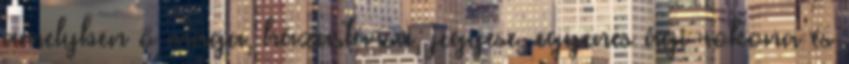
amelyben ő maga, házastársa, jegyese, egyenes ági rokona és